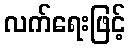
လက်ရေးဖြင့်